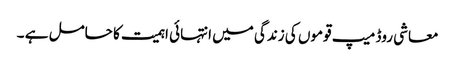
معاشی روڈ میپ قوموں کی زندگی میں انتہائی اہمیت کا حامل ہے ۔